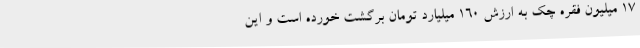
17 میلیون فقره چک به ارزش 160 میلیارد تومان برگشت خورده است و این